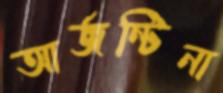
আর্জন্টিনা